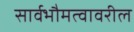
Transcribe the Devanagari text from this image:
सार्वभौमत्वावरील